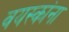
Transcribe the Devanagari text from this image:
वयस्कांना